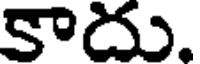
కాదు.